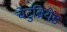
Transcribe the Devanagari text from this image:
चेटुब्रियेंड